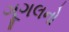
ગૂગલનો